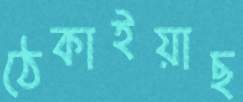
ঠেকাইয়াছ